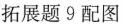
拓展题9配图